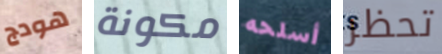
هودج مكونة أسلحه تحظر